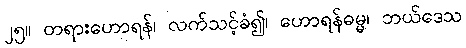
၂၅။ တရားဟောရန်၊ လက်သင့်ခံ၍၊ ဟောရန်ဓမ္မ၊ ဘယ်ဒေသ